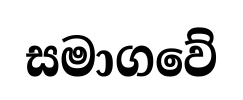
සමාගවේ